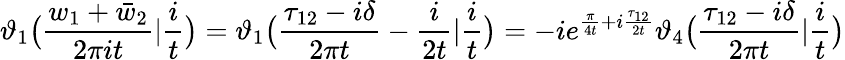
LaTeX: \vartheta_{1}\bigl(\frac{w_{1}+\bar{w}_{2}}{2\pi it}|\frac{i}{t}\bigr)=\vartheta_{1}\bigl(\frac{\tau_{12}-i\delta}{2\pi t}-\frac{i}{2t}|\frac{i}{t}\bigr)=-ie^{\frac{\pi}{4t}+i\frac{\tau_{12}}{2t}}\vartheta_{4}\bigl(\frac{\tau_{12}-i\delta}{2\pi t}|\frac{i}{t}\bigr)